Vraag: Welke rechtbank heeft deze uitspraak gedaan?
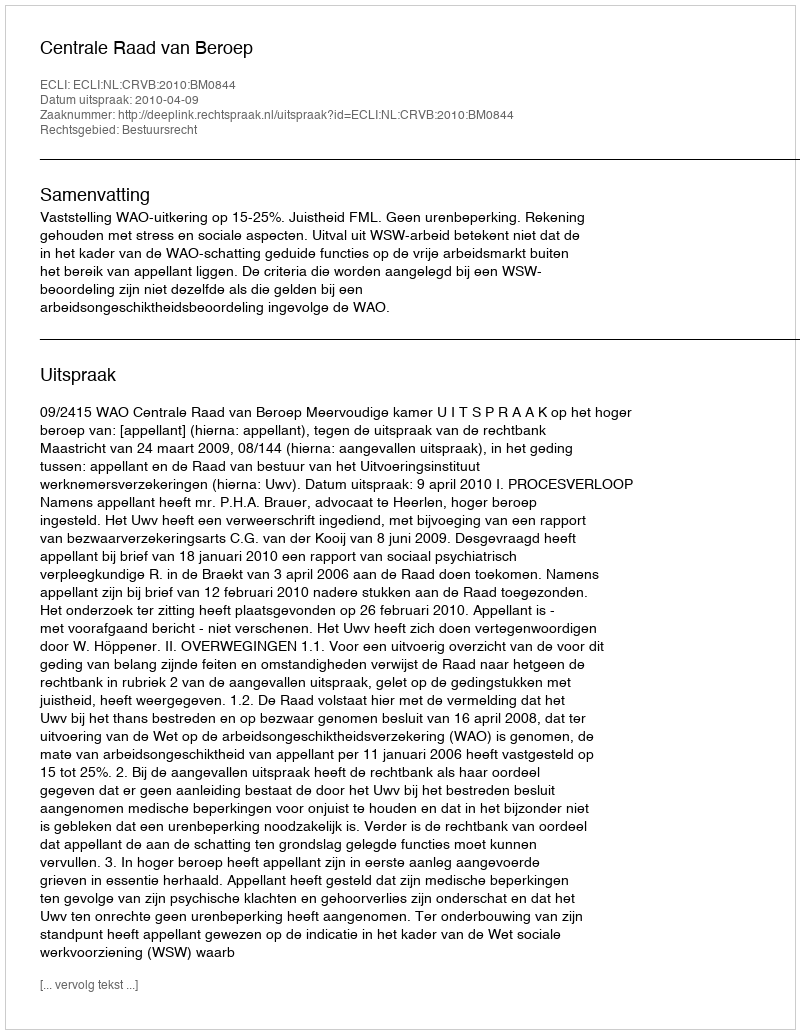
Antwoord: Centrale Raad van Beroep